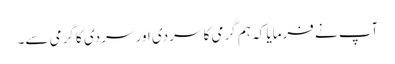
آپ نے فرمایا کہ ہم گرمی کا سردی اور سردی کا گرمی سے۔